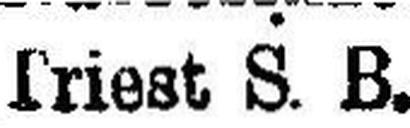
Triest S. B